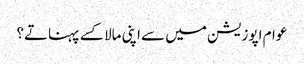
عوام اپوزیشن میں سے اپنی مالا کسے پہناتے؟